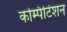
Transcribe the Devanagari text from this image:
कम्पिटिशन